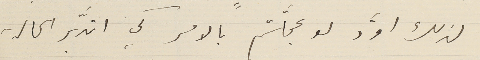
لذلك اوّد لو عجَلّتم بالامر كي اتدَبّر الحالة